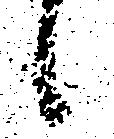
候